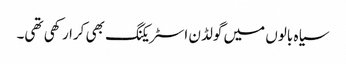
سیاہ بالوں میں گولڈن اسٹریکنگ بھی کرا رکھی تھی۔